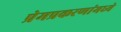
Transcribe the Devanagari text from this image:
प्रेमप्रकरणांमध्ये